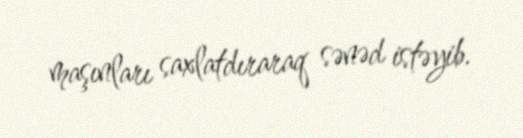
maşınları saxlatdıraraq sənəd istəyib.